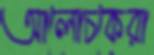
আলোচকেরা